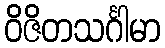
ဝိဇိတသင်္ဂါမာ